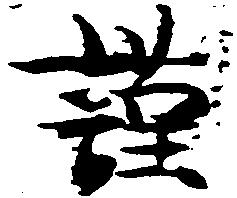
謹